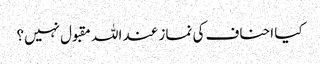
کیا احناف کی نماز عند اللہ مقبول نہیں؟